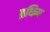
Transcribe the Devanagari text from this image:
ब्रधिम